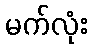
မက်လုံး